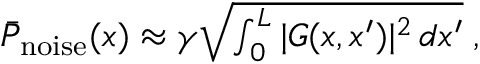
\begin{array} { r } { \bar { P } _ { \mathrm { n o i s e } } ( x ) \approx \gamma \sqrt { \int _ { 0 } ^ { L } | G ( x , x ^ { \prime } ) | ^ { 2 } \, d x ^ { \prime } } \; , } \end{array}